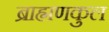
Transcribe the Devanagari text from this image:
ब्राह्मणकुल